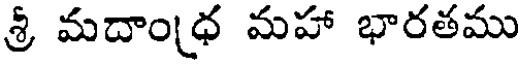
శ్రీ మదాంధ మహా భారతము